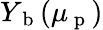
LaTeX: Y_{\mathrm{~b~}}(\mu_{\mathrm{~p~}})